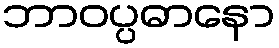
ဘာဝပ္ပဓာနော